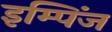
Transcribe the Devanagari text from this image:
इम्पिंज